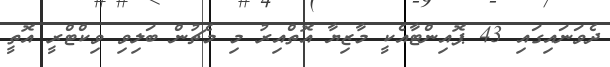
ދެވަނައިގައި 43 ޕޮއިންޓާއެކީ މާޒިޔާ އޮތްއިރު މި މެޗުން ބަލިވި ވިކްޓްރީ އޮތީ